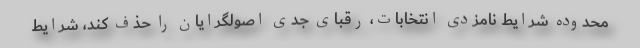
محدوده شرایط نامزدی انتخابات، رقبای جدی اصولگرایان را حذف کند، شرایط